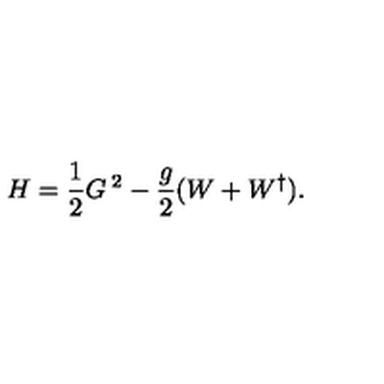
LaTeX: H = \frac 1 2 G ^ { \: 2 } - \frac g 2 ( W + W ^ { \dagger } ) .